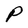
Character: P